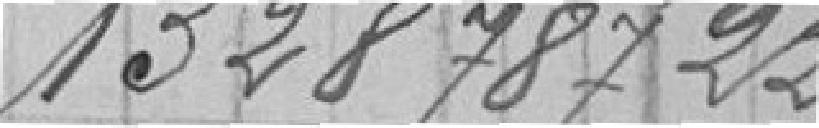
1328787,22